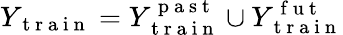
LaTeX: Y_{\mathrm{~t~r~a~i~n~}}=Y_{\mathrm{~t~r~a~i~n~}}^{\mathrm{~p~a~s~t~}}\cup Y_{\mathrm{~t~r~a~i~n~}}^{\mathrm{~f~u~t~}}